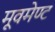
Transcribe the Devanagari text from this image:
मूवमेण्ट